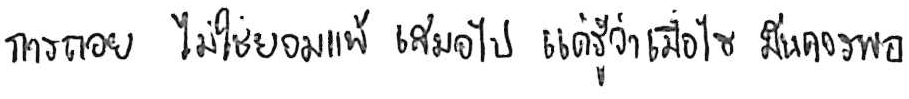
การถอย ไม่ใช่ยอมแพ้ เสมอไป แค่รู้ว่าเมื่อไหร่ มันควรพอ